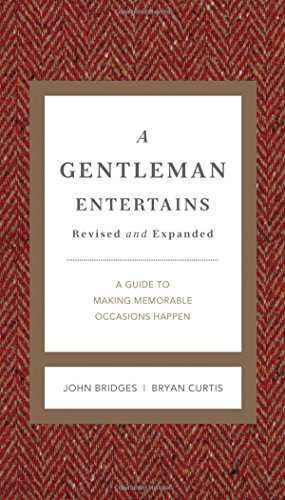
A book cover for A Gentleman Entertains Revised and   Updated: A Guide to Making Memorable Occasions Happen (Gentlemanners); John Bridges; Cookbooks, Food & Wine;